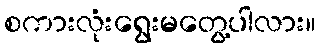
စကားလုံးရွေးမတွေ့ပါလား။